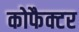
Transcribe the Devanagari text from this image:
कोफैक्टर